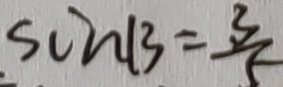
\sin B = \frac { 3 } { 5 }